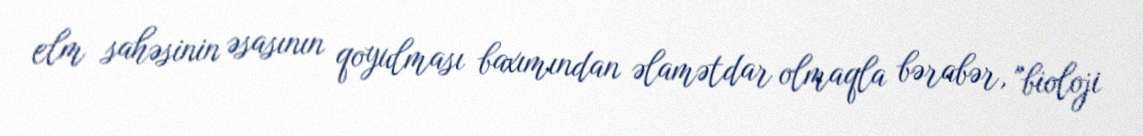
elm sahəsinin əsasının qoyulması baxımından əlamətdar olmaqla bərabər, "bioloji